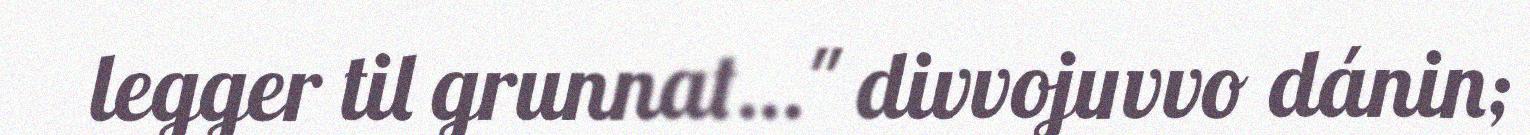
legger til grunnat…" divvojuvvo dánin;